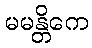
မမန္တိကေ